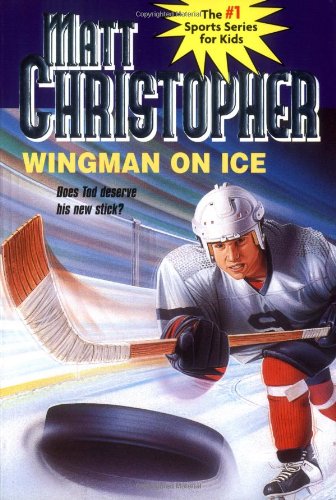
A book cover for Wingman On Ice (Matt Christopher Sports Classics); Matt Christopher; Children's Books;